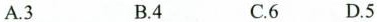
A.3 B.4 C.6 D.5